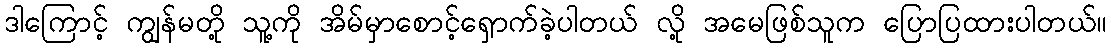
ဒါကြောင့် ကျွန်မတို့ သူ့ကို အိမ်မှာစောင့်ရှောက်ခဲ့ပါတယ် လို့ အမေဖြစ်သူက ပြောပြထားပါတယ်။